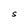
Character: S